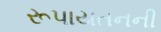
રૂપાયતનની